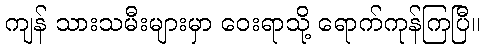
ကျန် သားသမီးများမှာ ဝေးရာသို့ ရောက်ကုန်ကြပြီ။